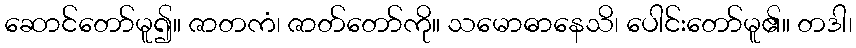
ဆောင်တော်မူ၍။ ဇာတကံ၊ ဇာတ်တော်ကို။ သမောဓာနေသိ၊ ပေါင်းတော်မူ၏။ တဒါ၊